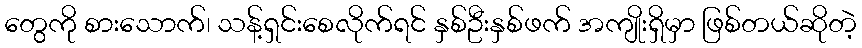
တွေကို စားသောက်၊ သန့်ရှင်းစေလိုက်ရင် နှစ်ဦးနှစ်ဖက် အကျိုးရှိမှာ ဖြစ်တယ်ဆိုတဲ့